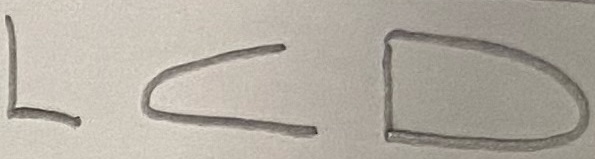
Text: LCD